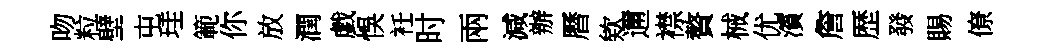
吻粒壁屯珪範你放潤戯悞衽时兩減辦曆欸邇襟贅械优濱詹歴發賜僚